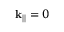
\mathbf { k } _ { | | } = 0